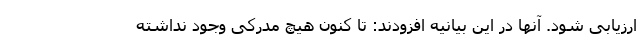
ارزیابی شود. آنها در این بیانیه افزودند: تا کنون هیچ مدرکی وجود نداشته